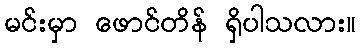
မင်းမှာ ဖောင်တိန် ရှိပါသလား။